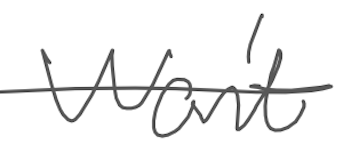
Text: won't
Cross-out: mix
Writing tool: digital_gray